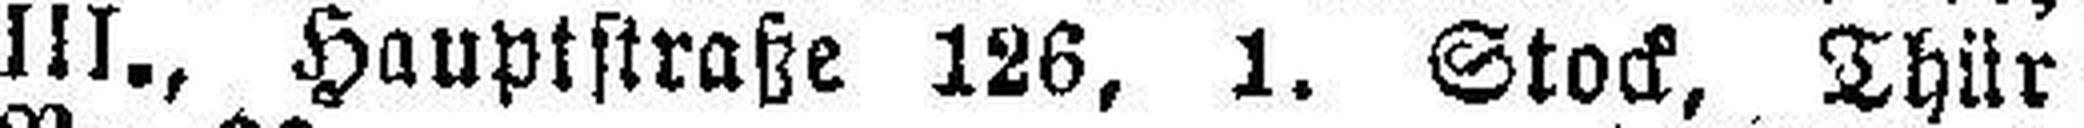
III., Hauptstraße 126, 1. Stock, Thür